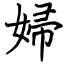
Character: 婦